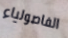
الفاصولياء